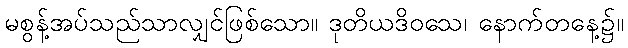
မစွန့်အပ်သည်သာလျှင်ဖြစ်သော။ ဒုတိယဒိဝသေ၊ နောက်တနေ့၌။